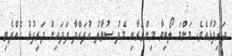
ދަރިފުޅާއެވެ. މަންމަ ލޯބިވާ މިންވަރާއި މެދު ސުވާލު އުފައްދާ ފަދައިން ދަރިފުޅު ހެއްދެވި